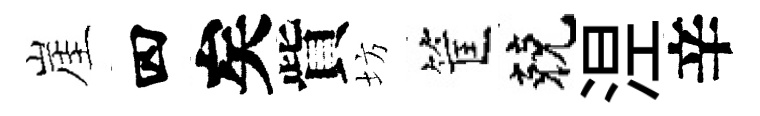
崖四矣貲坊筐兢𣵀辛